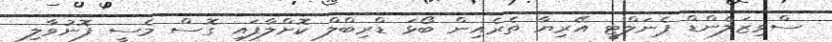
ސްވިޒަލެންޑް ޕެނަލްޓީ އޭރިޔާ ތެރެއިން ބޯޅަ ޑްރިބްލް ކޮށްލާފައި ގޮސް މެސީ ފޮނުވާލި